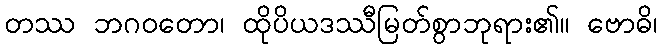
တဿ ဘဂဝတော၊ ထိုပိယဒဿီမြတ်စွာဘုရား၏။ ဗောဓိ၊